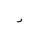
Letter: _dal